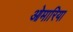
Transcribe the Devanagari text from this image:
ओमारिया